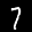
Label: 7